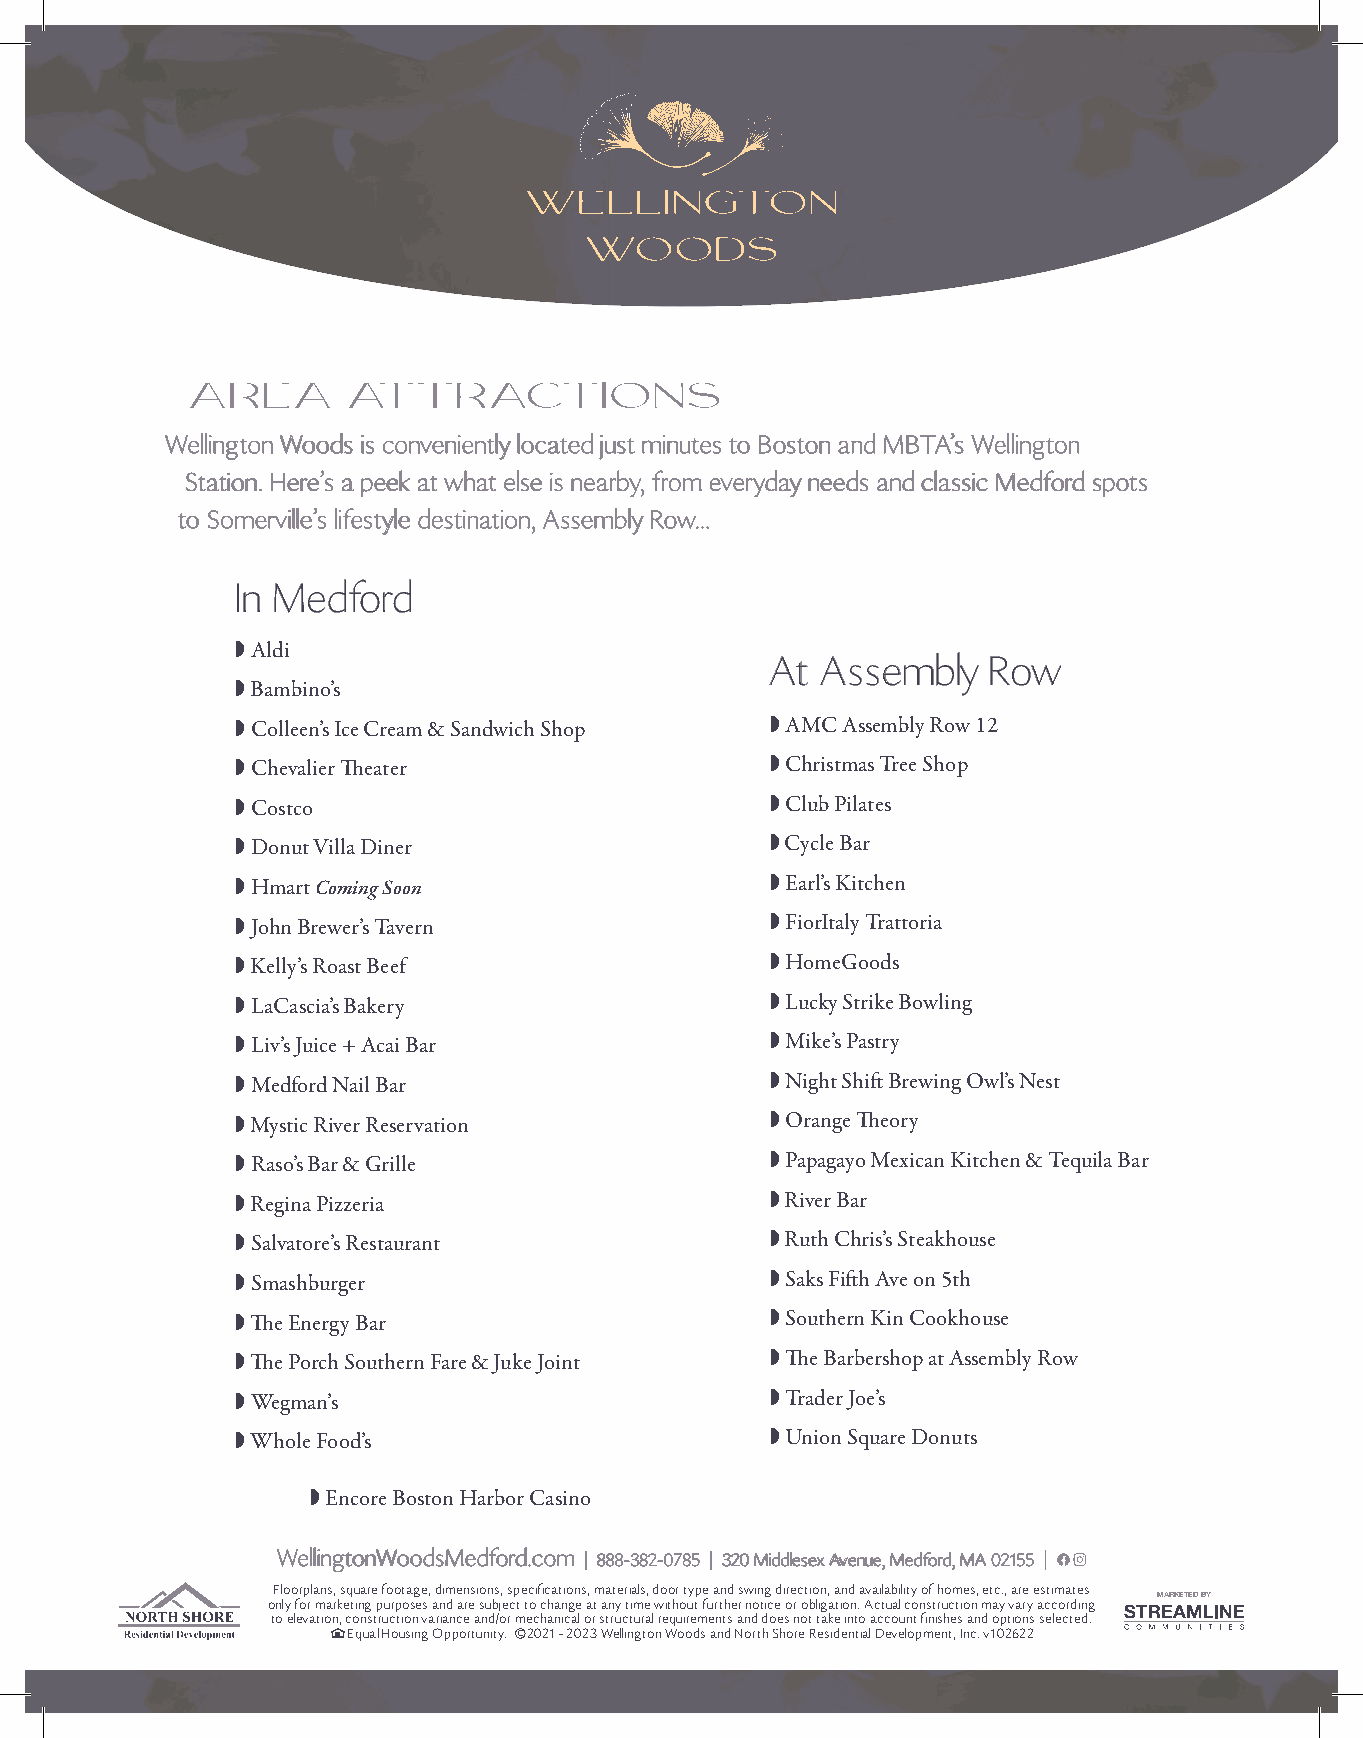
AREA       ATTRACTIONS
 WWeelllliinnggttoonn WWooooddss iiss ccoonnvveenniieennttllyy llooccaatteedd jjuusstt mmiinnuutteess ttoo BBoossttoonn aanndd MMBBTTAA’’ss WWeelllliinnggttoonn
 SSttaattiioonn.. HHeerree’’ss aa ppeeeekk aatt wwhhaatt eellssee iiss nneeaarrbbyy,, ffrroomm eevveerryyddaayy nneeeeddss aanndd ccllaassssiicc MMeeddffoorrdd ssppoottss
 ttoo SSoommeerrvviillllee’’ss lliiffeessttyyllee ddeessttiinnaattiioonn,, AAsssseemmbbllyy RRooww......
 IInn MMeeddffoorrdd
  Aldi
 AAtt AAsssseemmbbllyy RRooww
  Bambino’s
  Colleen’s Ice Cream & Sandwich Shop  AMC Assembly Row 12
  Chevalier Th eater                 Christmas Tree Shop
  Costco                             Club Pilates
  Donut Villa Diner                  Cycle Bar
  Hmart Coming Soon                  Earl’s Kitchen
  John Brewer’s Tavern               FiorItaly Trattoria
  Kelly’s Roast Beef                 HomeGoods
  LaCascia’s Bakery                  Lucky Strike Bowling
  Liv’s Juice + Acai Bar             Mike’s Pastry
  Medford Nail Bar                   Night Shift Brewing Owl’s Nest
  Mystic River Reservation           Orange Th eory
  Raso’s Bar & Grille                Papagayo Mexican Kitchen & Tequila Bar
  Regina Pizzeria                    River Bar
  Salvatore’s Restaurant             Ruth Chris’s Steakhouse
  Smashburger                        Saks Fift h Ave on 5th
  Th e Energy Bar                    Southern Kin Cookhouse
  Th e Porch Southern Fare & Juke Joint  Th e Barbershop at Assembly Row
  Wegman’s                           Trader Joe’s
 white logo here
  Whole Food’s                       Union Square Donuts
  Encore Boston Harbor Casino
 WWeelllliinnggttoonnWWooooddssMMeeddffoorrdd..ccoomm || 888888--338822--00778855 || 332200 MMiiddddlleesseexx AAvveennuuee,, MMeeddffoorrdd,, MMAA 0022115555 ||
 Floorplans, square footage, dimensions, specifications, materials, door type and swing direction, and availability of homes, etc., are estimates
 only for marketing purposes and are subject to change at any time without further notice or obligation. Actual construction may vary according MARKETED BY
 to elevation, construction variance and/or mechanical or structural requirements and does not take into account finishes and options selected.
 Equal Housing Opportunity. C 2021 - 2023 Wellington Woods and North Shore Residential Development, Inc. v102622